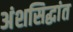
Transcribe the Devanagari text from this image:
अंशसिद्धांत